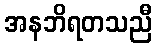
အနဘိရတသညီ